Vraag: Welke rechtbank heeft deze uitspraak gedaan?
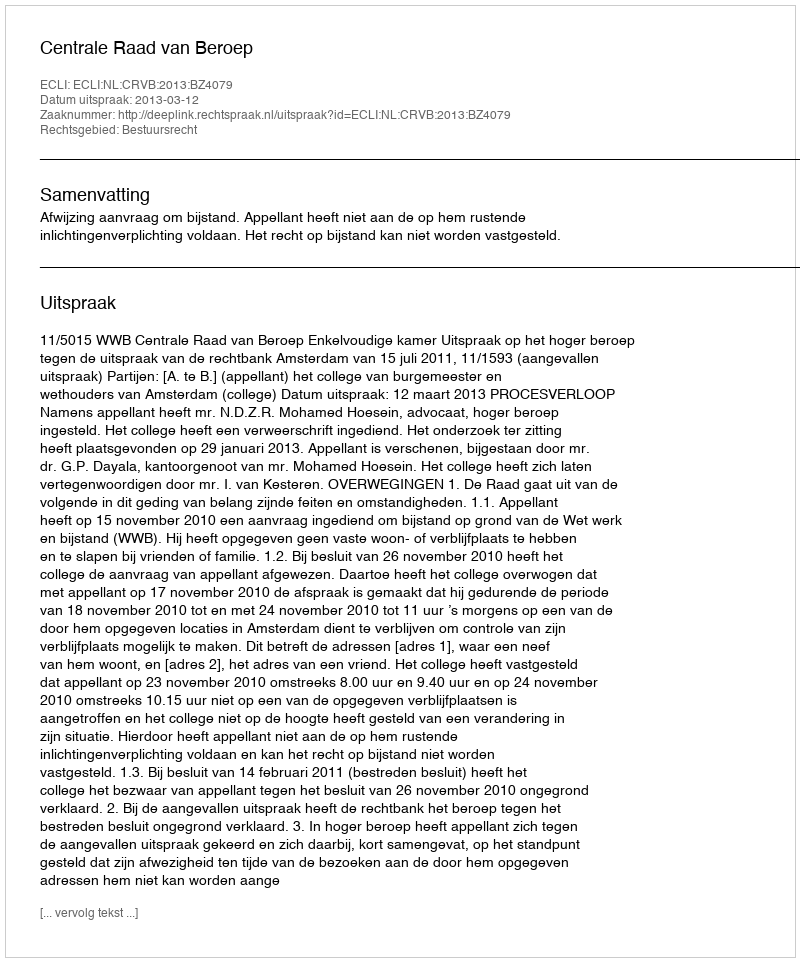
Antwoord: Centrale Raad van Beroep